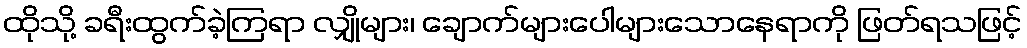
ထိုသို့ ခရီးထွက်ခဲ့ကြရာ လျှိုများ၊ ချောက်များပေါများသောနေရာကို ဖြတ်ရသဖြင့်